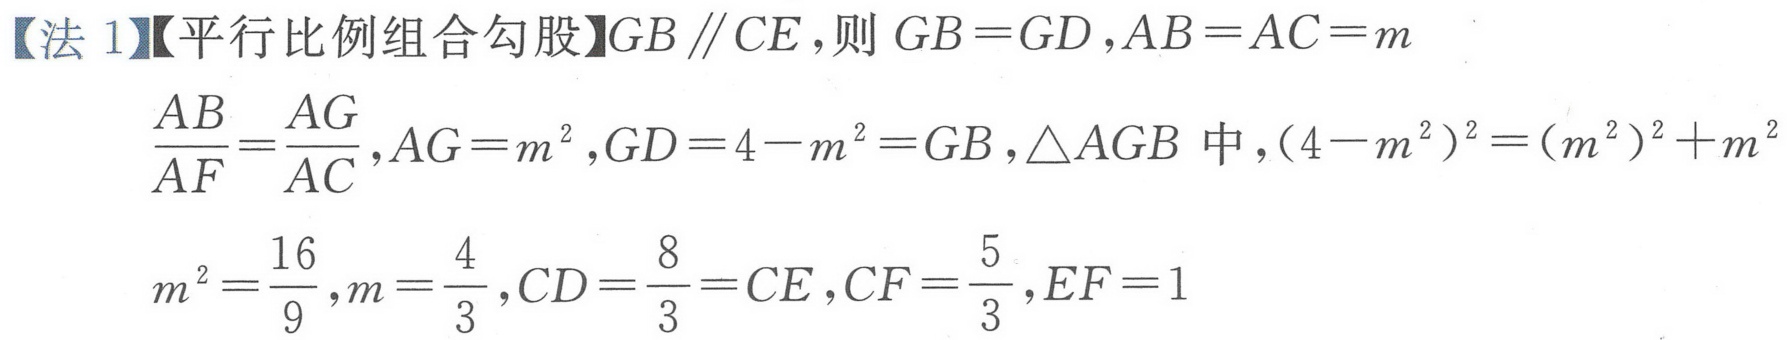
【法 1】【平行比例组合勾股】\(GB \parallel CE\)，则 \(GB = GD\)，\(AB = AC = m\)
\(\frac{AB}{AF}=\frac{AG}{AC}\)，\(AG = m^{2}\)，\(GD = 4 - m^{2} = GB\)，\(\triangle AGB\) 中，\((4 - m^{2})^{2}=(m^{2})^{2}+m^{2}\)
\(m^{2}=\frac{16}{9}\)，\(m = \frac{4}{3}\)，\(CD=\frac{8}{3}=CE\)，\(CF=\frac{5}{3}\)，\(EF = 1\)